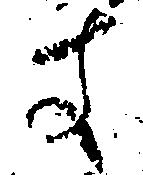
す